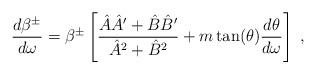
LaTeX: \begin{align*}\frac{d\beta^{\pm}}{d\omega}= \beta^{\pm} \left[ \frac{\hat A \hat A'+\hat B \hat B'}{\hat{A}^2+\hat{B}^2} + m\tan(\theta)\frac{d\theta}{d\omega} \right]\;,\end{align*}